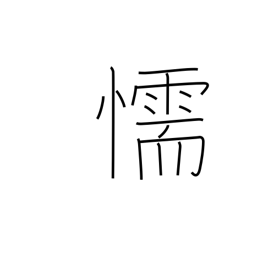
Meaning: cowardice